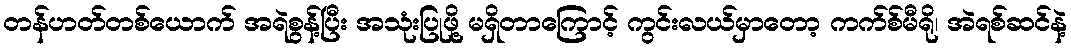
တန်ဟတ်တစ်ယောက် အရဲစွန့်ပြီး အသုံးပြုဖို့ မရှိတာကြောင့် ကွင်းလယ်မှာတော့ ကက်စ်မီရို၊ အဲရစ်ဆင်နဲ့